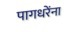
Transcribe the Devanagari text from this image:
पागधरेंना